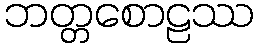
ဘတ္တစောဠဿ